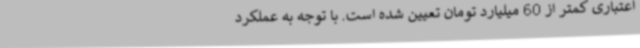
اعتباری کمتر از 60 میلیارد تومان تعیین شده است. با توجه به عملکرد